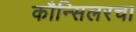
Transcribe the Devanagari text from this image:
कौन्सिलरचा